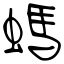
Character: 螞